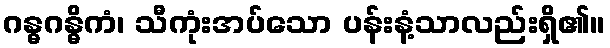
ဂန္ဓဂန္ဓိကံ၊ သီကုံးအပ်သော ပန်းနံ့သာလည်းရှိ၏။